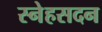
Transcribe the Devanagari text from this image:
स्नेहसदन